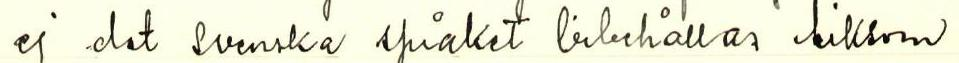
ej det svenska språket bibehållas liksom